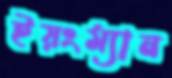
ইয়ংম্যান